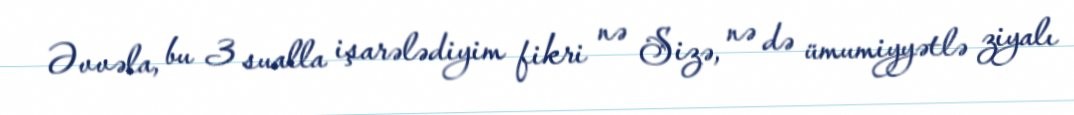
Əvvəla, bu 3 sualla işarələdiyim fikri nə Sizə, nə də ümumiyyətlə ziyalı